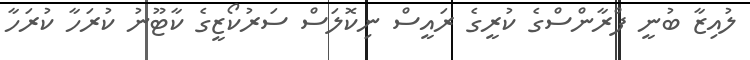
ލުއިޒާ ބުނީ ފްރާންސްގެ ކުރީގެ ރައީސް ނިކޮލަސް ސަރުކޯޒީގެ ކާޓޫނު ކުރަހާ ކުރަހާ